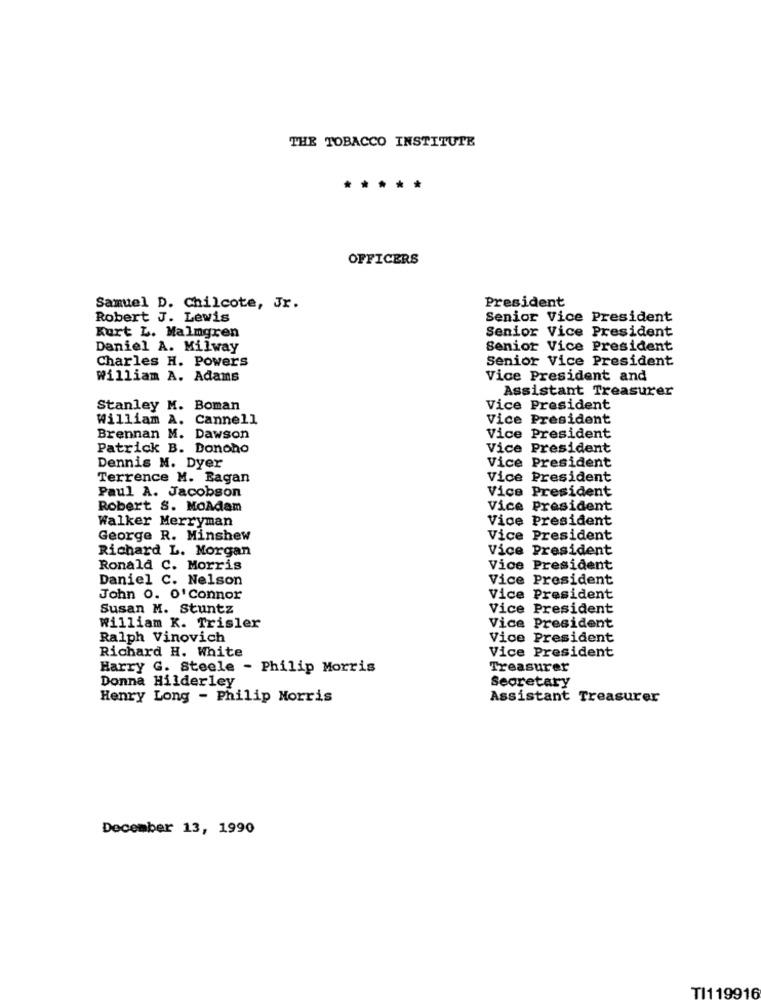
THE TOBACCO INSTITUTE
*****
OFFICERS
President
Samuel D. Chilcote, Jr.
Robert J. Lewis
Senior Vice President
Senior Vice President
Kurt L. Malmgren
Daniel A. Milway
Senior Vice President
Charles H. Powers
Senior Vice President
William A. Adams
Vice President and
Assistant Treasurer
Stanley M. Boman
Vice President
William A. Cannell
Vice President
Brennan M. Dawson
Vice President
Patrick B. Donoho
Vice
President
Vice President
Dennis M. Dyer
Terrence M. Eagan
Vice
President
Vice President
Paul A. Jacobson
Robert S. MoAdam
Vice President
Walker Merryman
Vice President
George R. Minshew
Vice President
Richard L. Morgan
Vice President
Ronald C. Morris
Vice President
Daniel C. Nelson
Vice President
John O. O'Connor
Vice President
Susan M. Stuntz
Vice President
Vice President
William K. Trisler
Ralph Vinovich
Vice President
Vice President
Richard H. White
Harry G. Steele - Philip Morris
Treasurer
Donna Hilderley
Secretary
Henry Long - Philip Morris
Assistant Treasurer
December 13, 1990
TI119916